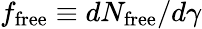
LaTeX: f_{\mathrm{free}}\equiv dN_{\mathrm{free}}/d\gamma